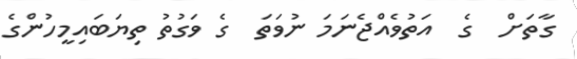
ގާތަށް  ގެ  އަތުވެއްޖެނަމަ ނުވަތަ  ގެ ވަގުތު ތިޔަބައިމީހުންގެ